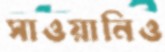
সাওয়ানিও